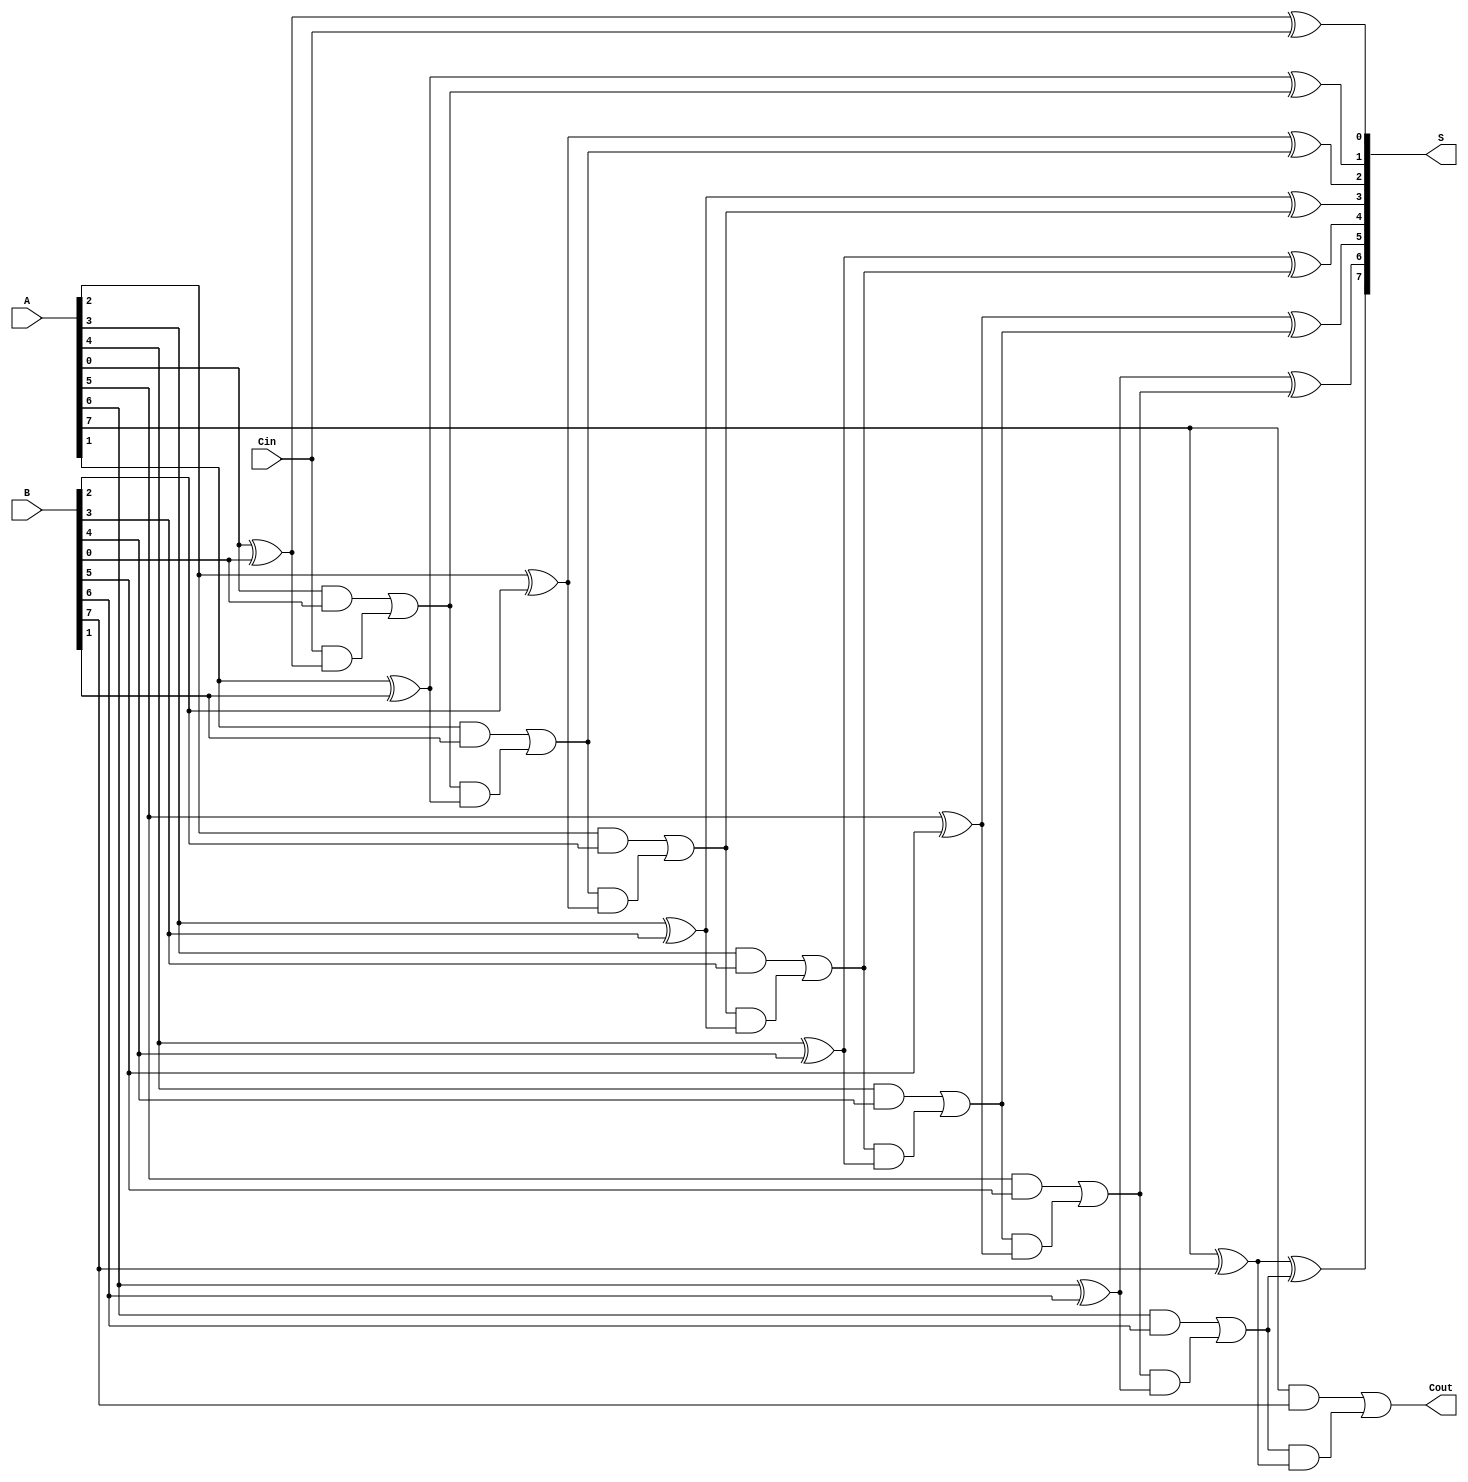
module parallel_full_adder #(parameter n = 8) (
    input  [n-1:0] A,      // n-bit input A
    input  [n-1:0] B,      // n-bit input B
    input          Cin,     // Carry-in input
    output [n-1:0] S,      // n-bit sum output
    output         Cout     // Carry-out output
);

    wire [n:0] carry;       // Carry wires, extra bit for Cout

    assign carry[0] = Cin;  // Initial carry-in

    // Generate n full adders
    genvar i;
    generate
        for (i = 0; i < n; i = i + 1) begin : full_adder
            // Sum output for each bit
            assign S[i] = A[i] ^ B[i] ^ carry[i];

            // Carry output for each bit
            assign carry[i + 1] = (A[i] & B[i]) | (carry[i] & (A[i] ^ B[i]));
        end
    endgenerate

    assign Cout = carry[n]; // Final carry-out

endmodule